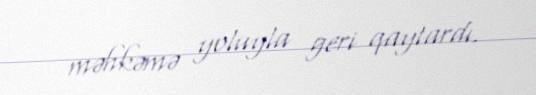
məhkəmə yoluyla geri qaytardı.